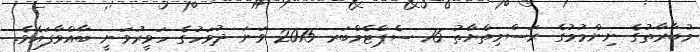
މުބާރާތުގެ ނިންމުމުގެ ރަސްމިތްޔާތު 16 ސެޕްޓެމްބަރ 2015 ވަނަަ ދުވަހުގެ ހަވީރުވަނީ ބާއްވާފައެވެ.